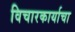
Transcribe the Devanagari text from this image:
विचारकार्याचा